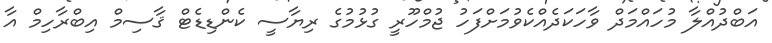
އަބްދުއްލާ މުހައްމަދް ވާހަކަދެއްކެވުމަށްފަހު ޖުމްހޫރީ ގުޅުމުގެ ރިޔާސީ ކެންޑިޑެޓް ޤާސިމް އިބްރާހިމް އާ